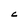
Character: C